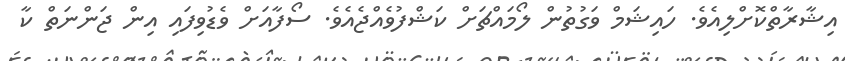
އިޝާރާތްކޮށްލިއެވެ. ހައިޝަމް ވަގުތުން ލޯމައްޗަށް ކަޝްފުވެއްޖެއެވެ. ސޯފާއަށް ވެޑުވިފައި އިން ޖަންނަތް ކާ